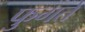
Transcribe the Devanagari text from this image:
फुगते